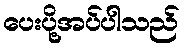
ပေးပို့အပ်ပါသည်